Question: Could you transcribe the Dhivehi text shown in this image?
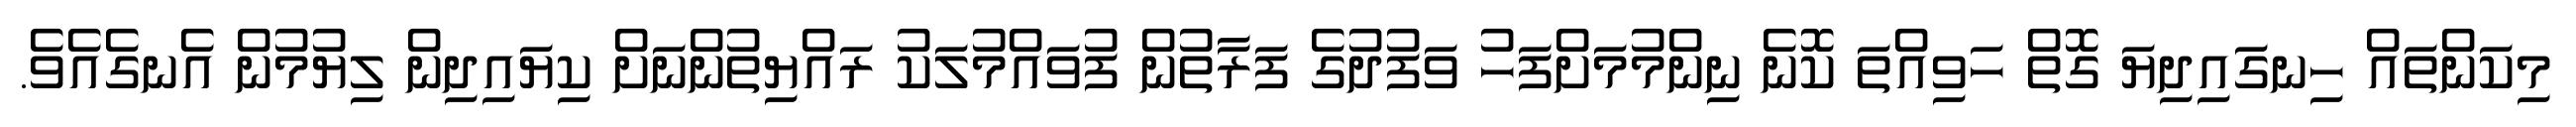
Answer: މިކަންތައް ހިނގައިދިޔަ ގޮތް ހަވިއްތަ ކޮނެ ނިންމުމަށްފަހު ވަފުދުގެ ފަރާތުން ފުވައްމުލަކު ރައްޔިތުންނަށް ކިޔައިދިން ލިޔުމުން އެނގެއެވެ.